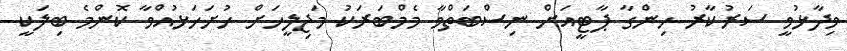
ވިދާޅުވީ ސަރުކާރު ހިންގާ ޕާޓީއަށް ނިސްބަތްވާ މެމްބަރަކު މަޖިލީހަށް ހުށަހަޅުއްވާ ކޮންމެ ބިލަކީ